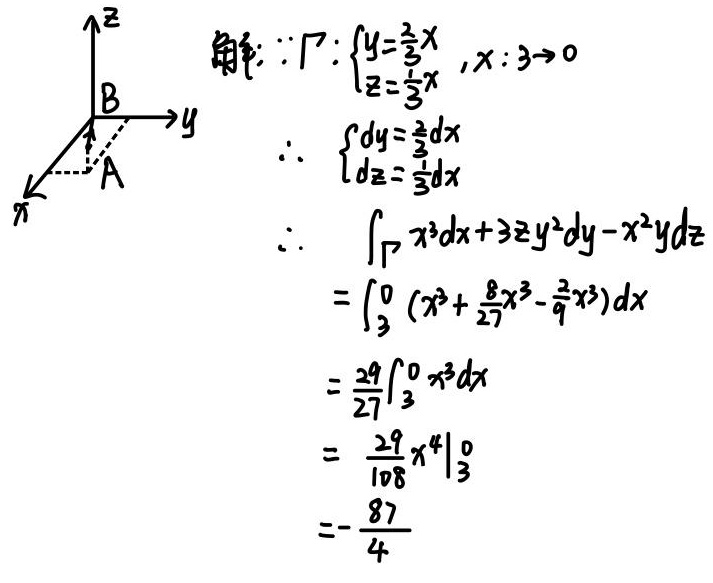
\[
\begin{align*}
&\text{解: }\because\Gamma:\left\{\begin{array}{l}y = \frac{2}{3}x\\z=\frac{1}{3}x\end{array},x:3\rightarrow0\\
&\therefore\left\{\begin{array}{l}dy=\frac{2}{3}dx\\dz=\frac{1}{3}dx\end{array}\right.\\
&\therefore\int_{\Gamma}x^{3}dx + 3zy^{2}dy-x^{2}ydz\\
&=\int_{3}^{0}(x^{3}+\frac{8}{27}x^{3}-\frac{2}{9}x^{3})dx\\
&=\frac{29}{27}\int_{3}^{0}x^{3}dx\\
&=\frac{29}{108}x^{4}\big|_{3}^{0}\\
&=-\frac{87}{4}
\end{align*}
\]